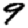
Digit: 9